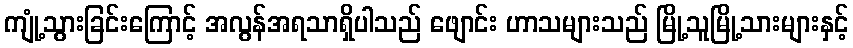
ကျုံ့သွားခြင်းကြောင့် အလွန်အရသာရှိပါသည် ဖျောင်း ဟာသများသည် မြို့သူမြို့သားများနှင့်